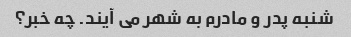
شنبه پدر و مادرم به شهر می آیند. چه خبر؟